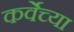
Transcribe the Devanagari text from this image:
कर्वेच्या